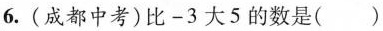
6.(成都中考)比-3大5的数是()